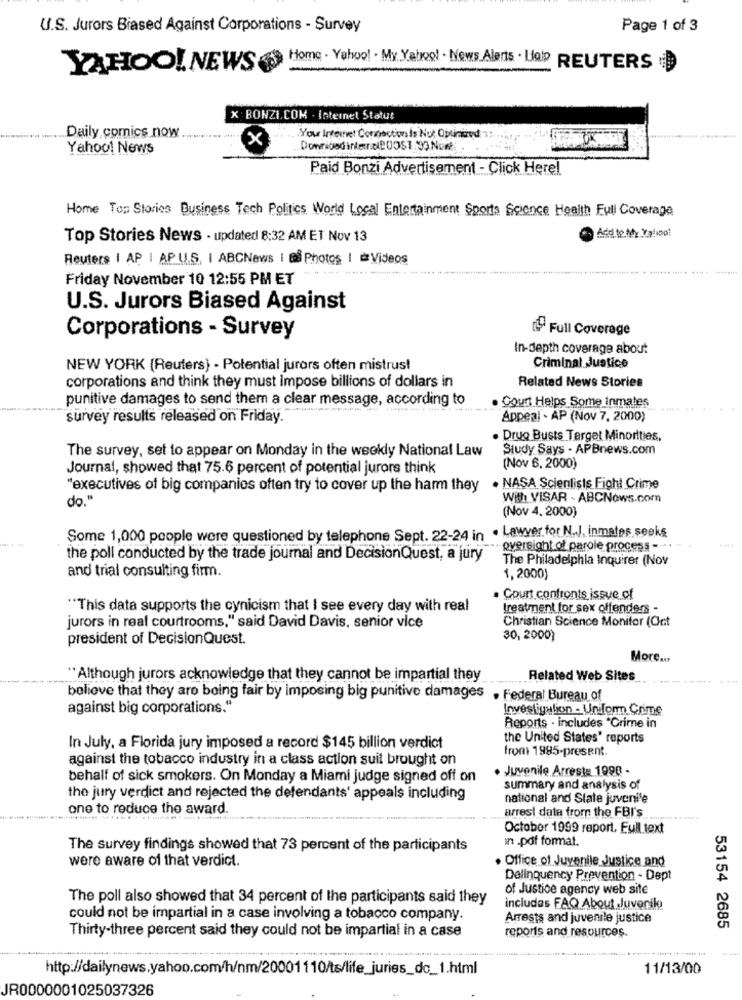
U.S. Jurors Biased Against Corporations - Survey
Page 1 of 3
YAHOO! NEWS
Home . Yahoo! . My Yahoo! . News Alerts . La' REUTERS
X: BONZI.COM . Internet Status
Daily comics now
X
You internet Connection Is Not Optimized "
Yahoo! News
Downidad internal20051:33 Nort.
Paid Bonzi Advertisement - Click Here !.
Home Top Stories Business Tech Politics World Local Entertainment Sports Science Health Full Coverage
Top Stories News - updated 8:32 AM ET Nov 13
Reuters | AP | AP U.S. I ABCNews | @ Photos | @ Videos
Friday November 10 12:55 PM ET
U.S. Jurors Biased Against
[ Full Coverage
Corporations - Survey
In-depth coverage about
NEW YORK (Reuters) - Potential jurors often mistrust
Criminal Justice
Related News Stories
corporations and think they must impose billions of dollars in
punitive damages to send them a clear message, according to
. Court Helps Some Inmates
survey results released on Friday.
Appeal - AP (Nov 7, 2000)
. Drug Busts Target Minorities.
The survey, set to appear on Monday in the weekly National Law
Study Says - APBnews.com
Journal, showed that 75.6 percent of potential jurors think
(Nov 6, 2000)
"executives of big companies often try to cover up the harm they
. NASA Scientists Fight Crime
do."
With VISAR - ABCNews.com
(Nov 4. 2000)
Some 1,000 people were questioned by telephone Sept. 22-24 in . Lawyer. for N.J. Inmates seeks
oversight of parole process -...
the poll conducted by the trade journal and DecisionQuest, a jury
The Philadelphia Inquirer (Nov
and trial consulting firm.
1,2000)
Court confronts issue of
"This data supports the cynicism that I see every day with real
treatment for sex offenders -
Christian Science Monitor (Oct
jurors in real courtrooms," said David Davis, senior vice
president of DecisionQuest.
30,2000}
More ...
"Although jurors acknowledge that they cannot be impartial they
Related Web Sites
believe that they are being fair by imposing big punitive damages . Federal Bureau of
against big corporations.“
Investigation - Uniform Crime
Reports . includes "Crime in
the United States' reports
In July, a Florida jury imposed a record $145 billion verdict
from 1995-present.
against the tobacco industry in a class action suit brought on
. Juvenile Arreste 1998 -
behalf of sick smokers. On Monday a Miami judge signed off on
summary and analysis of
the jury verdict and rejected the defendants' appeals including
national and State juvenile
one to reduce the award.
arrest data from the FBI's
October 1999 report. Full text
in .pdf format.
The survey findings showed that 73 percent of the participants
were aware of that verdict.
· Office of Juvenile Justice and
Delinquency Prevention - Dept
of Justice agency web site
The poll also showed that 34 percent of the participants said they
includes FAQ About Juvenile
could not be impartial in a case involving a tobacco company.
Arrests and juvenile justice
53154 2685
Thirty-three percent said they could not be impartial in a case
reports and resources.
http://dailynews.yahoo.com/h/nm/20001110/ts/life_juries_dc_1.html
11/13/00
JR0000001025037326